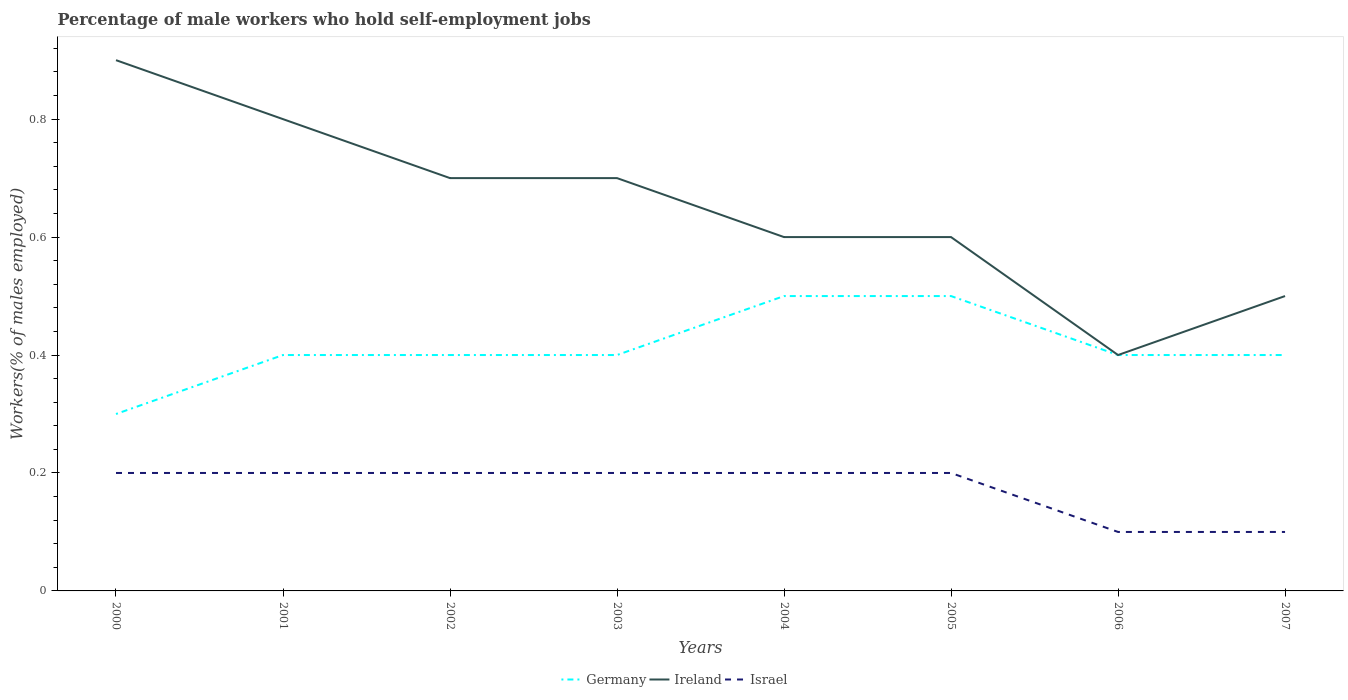
| Years | Germany | Ireland | Israel |
 | --- | --- | --- | --- |
 | 2000 | 0.3 | 0.9 | 0.2 |
 | 2001 | 0.4 | 0.8 | 0.2 |
 | 2002 | 0.4 | 0.7 | 0.2 |
 | 2003 | 0.4 | 0.7 | 0.2 |
 | 2004 | 0.5 | 0.6 | 0.2 |
 | 2005 | 0.5 | 0.6 | 0.2 |
 | 2006 | 0.4 | 0.4 | 0.1 |
 | 2007 | 0.4 | 0.5 | 0.1 |